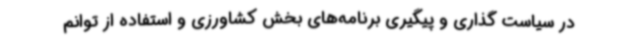
در سیاست گذاری و پیگیری برنامه‌های بخش کشاورزی و استفاده از توانم